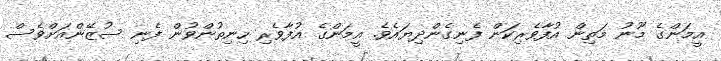
އީމަންގެ މޫނު މަތިން އުފާވެރިކަން ފެނިގެންދިޔައެވެ. އީމަންގެ އުފާވެރި ހިނިތުންވުން ފެނި ސުޒޭންއަށްވެސް